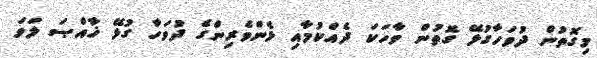
މިގޮތުން ދުވަހާގުޅޭ ގޮތުން ވާހަކަ ދެއްކުމާއި ޅެންވެރިންގެ ދުވަހާ ގުޅޭ ޚާއްޞަ ލަވަ